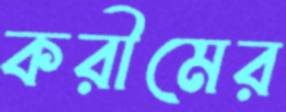
করীমের